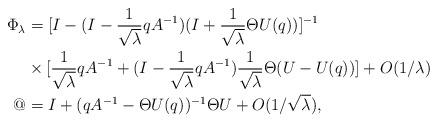
LaTeX: \begin{align*} \Phi_\lambda & = [I -(I- \frac{1}{\sqrt\lambda} q A^{-1})(I + \frac{1}{\sqrt\lambda} \Theta U(q))]^{-1}\\ & \times [\frac{1}{\sqrt\lambda} q A^{-1} +(I - \frac{1}{\sqrt\lambda} q A^{-1}) \frac{1}{\sqrt\lambda} \Theta (U - U(q))] + O(1/\lambda)\\ @ & = I + (q A^{-1} - \Theta U(q))^{-1} \Theta U + O(1/\sqrt\lambda),\end{align*}